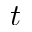
t